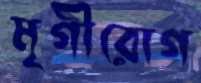
মৃগীরোগ